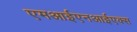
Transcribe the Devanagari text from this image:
एमआईएनआईएक्स